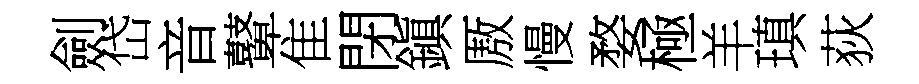
劍岱音鼙隹閉鎭厫慢婺極羊瑱荻